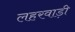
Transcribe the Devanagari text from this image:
लहरवाड़ी